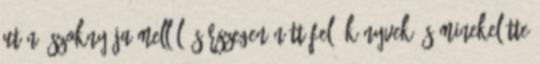
után. szoknyája mellől. Sárszegen nőtt fel, könyvek és minekelőtte